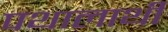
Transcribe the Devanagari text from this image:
पथालाथी